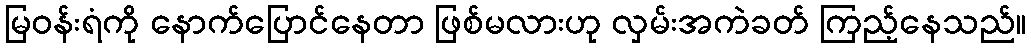
မြဝန်းရံကို နောက်ပြောင်နေတာ ဖြစ်မလားဟု လှမ်းအကဲခတ် ကြည့်နေသည်။